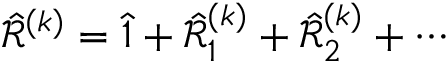
\Hat { \mathcal { R } } ^ { ( k ) } = \Hat { 1 } + \Hat { \mathcal { R } } _ { 1 } ^ { ( k ) } + \Hat { \mathcal { R } } _ { 2 } ^ { ( k ) } + \cdots